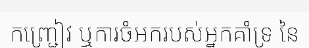
កញ្ជ្រៀវ ឬការចំអករបស់អ្នកគាំទ្រ នៃ